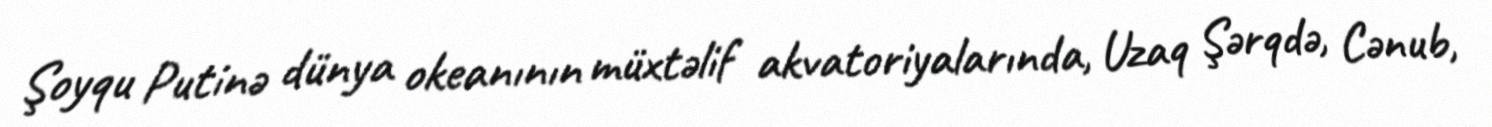
Şoyqu Putinə dünya okeanının müxtəlif akvatoriyalarında, Uzaq Şərqdə, Cənub,